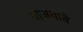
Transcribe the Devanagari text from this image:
वाजवावे